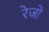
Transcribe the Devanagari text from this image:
रेजो